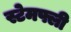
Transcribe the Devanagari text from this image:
स्टेमफ्ली